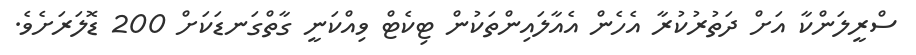
ސްރީލަންކާ އަށް ދަތުރުކުރާ އެހެން އެއާލައިންތަކުން ޓިކެޓް ވިއްކަނީ ގާތްގަނޑަކަށް 200 ޑޮލަރަށެވެ.